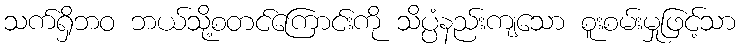
သက်ရှိဘဝ ဘယ်သို့စတင်ကြောင်းကို သိပ္ပံနည်းကျသော စူးစမ်းမှုဖြင့်သာ